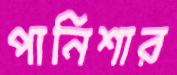
পানিশার